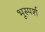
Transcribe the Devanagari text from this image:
भूस्पर्श